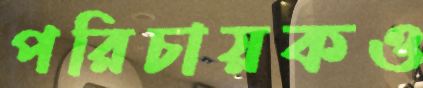
পরিচায়কও